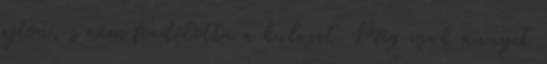
ajtón, s rám fordította a kulcsot. Még csak annyit